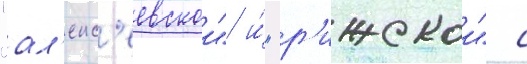
"ал'екс'еевскои" и́ "р'ижскои" с